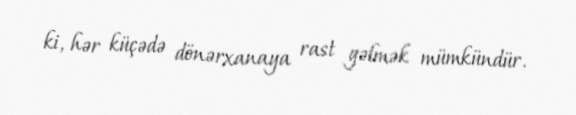
ki, hər küçədə dönərxanaya rast gəlmək mümkündür.